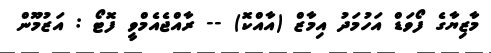
މާޒިޔާގެ ފޯވަޑް އަހުމަދު އިމާޒް (އާއްކޮ) -- ރާއްޖެއެމްވީ ފޮޓޯ : އަޒުމޫން